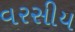
વરસીય